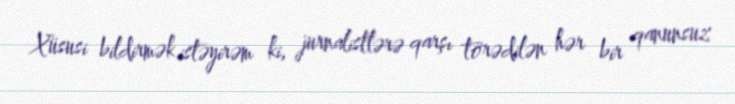
Xüsusi bildirmək istəyirəm ki, jurnalistlərə qarşı törədilən hər bir qanunsuz